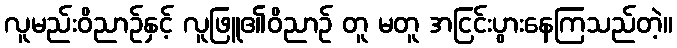
လူမည်းဝိညာဉ်နှင့် လူဖြူ၏ဝိညာဉ် တူ မတူ အငြင်းပွားနေကြသည်တဲ့။